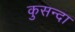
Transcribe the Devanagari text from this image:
कुसन्दा